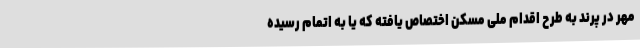
مهر در پرند به طرح اقدام ملی مسکن اختصاص یافته که یا به اتمام رسیده